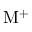
\mathrm { M } ^ { + }